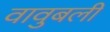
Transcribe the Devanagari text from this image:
वावुबली